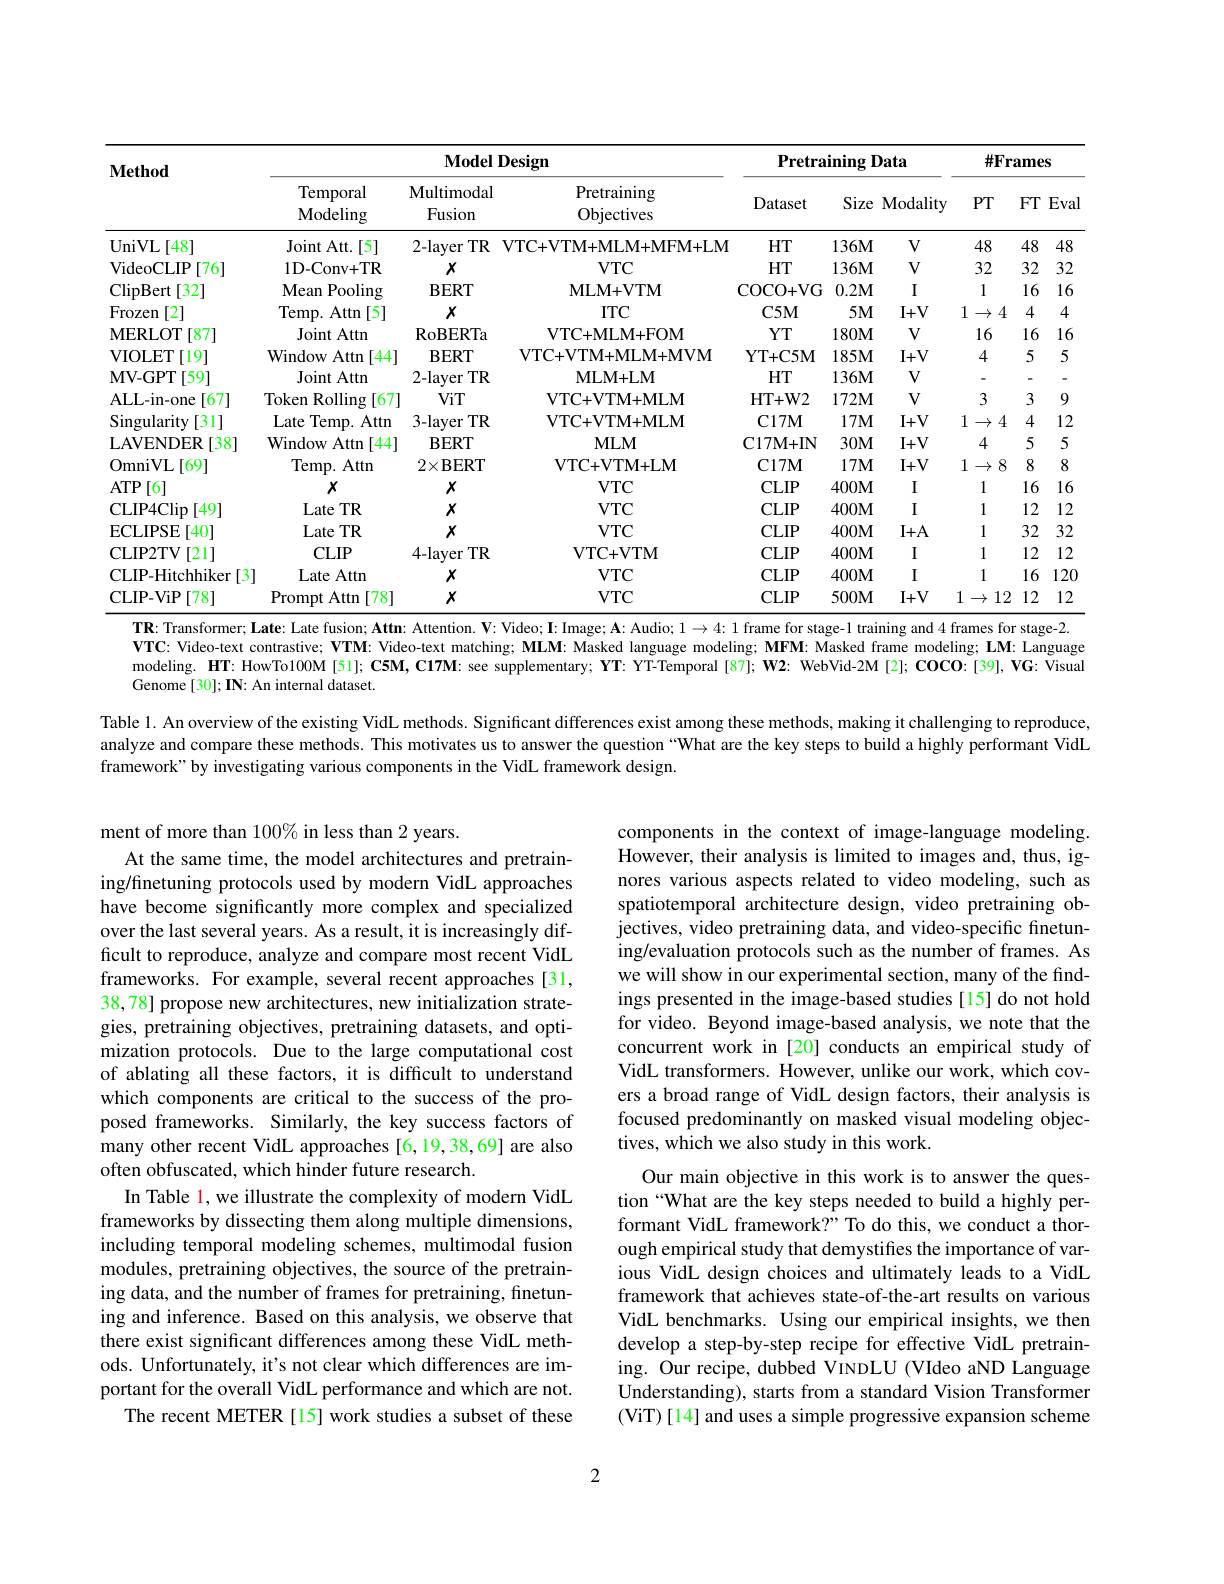
<table>
	<tbody>
		<tr>
			<th rowspan="2">$\mathbf{Method}$</th>
			<th colspan="3">Model Design</th>
			<th colspan="3">${\textbf{Pretraining Data}}$</th>
			<th colspan="3">$\#\mathbf{Frames}$</th>
		</tr>
		<tr>
			<th>Temporal Modeling</th>
			<th>Multimodal Fusion</th>
			<th>Pretraining Objectives</th>
			<th>Dataset</th>
			<th>Size</th>
			<th>Modality</th>
			<th>$PT$</th>
			<th>FT</th>
			<th>Eval</th>
		</tr>
		<tr>
			<td>UniVL [48] 1</td>
			<td>Joint Att.[5]</td>
			<td>2-layer $TR$</td>
			<td>VTC+ VTM+ MLM+ MFM+ LM</td>
			<td>$HT$</td>
			<td>$136M$</td>
			<td>$V$</td>
			<td>48</td>
			<td>48</td>
			<td>48</td>
		</tr>
		<tr>
			<td>VideoCLIP [76]</td>
			<td>1D-Conv+TR</td>
			<td>$X$</td>
			<td>$VTC$</td>
			<td>$HT$</td>
			<td>$136M$</td>
			<td>$V$</td>
			<td>32</td>
			<td>32</td>
			<td>32</td>
		</tr>
		<tr>
			<td>ClipBert [32]</td>
			<td>$\mathbf{Mean}$ $\textbf{Pooling}$</td>
			<td>$\mathbf{BERT}$</td>
			<td>MLM+VTM</td>
			<td>COCO+ VG</td>
			<td>$0.2M$</td>
			<td>I</td>
			<td>1</td>
			<td>16</td>
			<td>16</td>
		</tr>
		<tr>
			<td>Frozen [2]</td>
			<td>Temp. Attn [5]</td>
			<td>$X$</td>
			<td>$ITC$</td>
			<td>$C5M$</td>
			<td>$5M$</td>
			<td>$I+V$</td>
			<td>1 $\rightarrow4$</td>
			<td>4</td>
			<td>4</td>
		</tr>
		<tr>
			<td>$\mathbf{MERLOT}$ [87]</td>
			<td>Joint Attn</td>
			<td>RoBERTa</td>
			<td>VTC+ MLM+ FOM</td>
			<td>$YT$</td>
			<td>$180M$</td>
			<td>$V$</td>
			<td>16</td>
			<td>16</td>
			<td>16</td>
		</tr>
		<tr>
			<td>VIOLET [19]</td>
			<td>Window Attn 44</td>
			<td>$\mathbf{BERT}$</td>
			<td>VTC+ VTM+ MLM+ MVM</td>
			<td>YT+ C5M</td>
			<td>$185M$</td>
			<td>$I+V$</td>
			<td>4</td>
			<td>5</td>
			<td>5</td>
		</tr>
		<tr>
			<td>$\mathbf{MV-GPT}$ [59]</td>
			<td>Joint Attn</td>
			<td>2-layer $TR$</td>
			<td>MLM+ LM</td>
			<td>$HT$</td>
			<td>$136M$</td>
			<td>$V$</td>
			<td>一</td>
			<td>-</td>
			<td>-</td>
		</tr>
		<tr>
			<td>ALL- in- one [67]</td>
			<td>Token 1Rolling [67]</td>
			<td>ViT</td>
			<td>VTC+ VTM+ MLM</td>
			<td>HT+ W2</td>
			<td>$172M$</td>
			<td>$V$</td>
			<td>3</td>
			<td>3</td>
			<td>9</td>
		</tr>
		<tr>
			<td>Singularity [31]</td>
			<td>Late Temp. Attn</td>
			<td>3-layer $TR$</td>
			<td>VTC+ VTM+ MLM</td>
			<td>$\mathbf{C17M}$</td>
			<td>$17M$</td>
			<td>$I+V$</td>
			<td>1 $\to4$</td>
			<td>4</td>
			<td>12</td>
		</tr>
		<tr>
			<td>LAVENDER [38]</td>
			<td>Window Attn 44</td>
			<td>$\mathbf{BERT}$</td>
			<td>$MLM$</td>
			<td>$\mathbf{C17M+IN}$</td>
			<td>$30M$</td>
			<td>$I+V$</td>
			<td>4</td>
			<td>5</td>
			<td>5</td>
		</tr>
		<tr>
			<td>OmniVL [69]</td>
			<td>Temp. Attn</td>
			<td>$2\times$BERT</td>
			<td>VTC+ VTM+ LM</td>
			<td>$\mathbf{C}17\mathbf{M}$</td>
			<td>$17M$</td>
			<td>$I+V$</td>
			<td>1 8 $\rightarrow$ 1 </td>
			<td>8</td>
			<td>8</td>
		</tr>
		<tr>
			<td>$ATP$ [6]</td>
			<td>$X$</td>
			<td>$X$</td>
			<td>$VTC$</td>
			<td>CLIP</td>
			<td>$400M$</td>
			<td>I</td>
			<td>1</td>
			<td>16</td>
			<td>16</td>
		</tr>
		<tr>
			<td>CLIP4Clip [49]</td>
			<td>Late TR</td>
			<td>$X$</td>
			<td>$VTC$</td>
			<td>$CLIP$</td>
			<td>$400M$</td>
			<td>I</td>
			<td>1</td>
			<td>12</td>
			<td>12</td>
		</tr>
		<tr>
			<td>ECLIPSE [40] T</td>
			<td>Late TR</td>
			<td>$X$</td>
			<td>$VTC$</td>
			<td>$CLIP$</td>
			<td>$400M$</td>
			<td>$I+A$</td>
			<td>1</td>
			<td>32</td>
			<td>32</td>
		</tr>
		<tr>
			<td>CLIP2TV [21]</td>
			<td>$CLIP$</td>
			<td>$4-layer$ $TR$</td>
			<td>$\mathbf{VTC+VTM}$</td>
			<td>$CLIP$</td>
			<td>$400M$</td>
			<td>I</td>
			<td>1</td>
			<td>12</td>
			<td>12</td>
		</tr>
		<tr>
			<td>CLIP-Hitchhiker [3]</td>
			<td>Late Attn</td>
			<td>$X$</td>
			<td>$VTC$</td>
			<td>$CLIP$</td>
			<td>$400M$</td>
			<td>I</td>
			<td>1</td>
			<td>16</td>
			<td>120</td>
		</tr>
		<tr>
			<td>CLIP-ViP [78]</td>
			<td>Prompt t Attn [78]</td>
			<td>$X$</td>
			<td>$VTC$</td>
			<td>$CLIP$</td>
			<td>$500M$</td>
			<td>$I+V$</td>
			<td>1 12 $\rightarrow$</td>
			<td>12 2</td>
			<td>12</td>
		</tr>
	</tbody>
</table>

TR: Transformer; Late: Late fusion; Attn: Attention. $\mathbf{V}:$ Video; I: Image; A: Audio; $1\to4:1$ frame for stage-1 training and 4 frames for stage-2.

$\mathbf{VTC}:$ Video-text contrastive; $\mathbf{VTM}:$ Video-text matching; MLM: Masked language modeling; MFM: Masked frame modeling; LM: Language modeling. HT: HowTo100M [51]; C5M, C17M: see supplementary; YT: YT-Temporal [87]; W2: WebVid-2M [2]; COCO:[39], VG: Visual Genome [30]; IN: An internal dataset.
Table 1. An overview of the existing VidL methods. Significant differences exist among these methods, making it challenging to reproduce, analyze and compare these methods. This motivates us to answer the question “What are the key steps to build a highly performant VidL framework" by investigating various components in the VidL framework design.

components in the context of image-language modeling. However, their analysis is limited to images and, thus, ignores various aspects related to video modeling, such as spatiotemporal architecture design, video pretraining objectives, video pretraining data, and video-specific finetuning/evaluation protocols such as the number of frames. As we will show in our experimental section, many of the findings presented in the image-based studies [15] do not hold for video. Beyond image-based analysis, we note that the concurrent work in [20] conducts an empirical study of VidL transformers. However, unlike our work, which covers a broad range of VidL design factors, their analysis is focused predominantly on masked visual modeling objectives, which we also study in this work.

ment of more than 100% in less than 2 years.
At the same time, the model architectures and pretraining/finetuning protocols used by modern VidL approaches have become significantly more complex and specialized over the last several years. As a result, it is increasingly difficult to reproduce, analyze and compare most recent VidL frameworks. For example, several recent approaches [31, 38,78] propose new architectures, new initialization strategies, pretraining objectives, pretraining datasets, and optimization protocols. Due to the large computational cost of ablating all these factors, it is difficult to understand which components are critical to the success of the proposed frameworks. Similarly, the key success factors of many other recent VidL approaches [6,19,38,69] are also often obfuscated, which hinder future research.
In Table l, we illustrate the complexity of modern VidL frameworks by dissecting them along multiple dimensions, including temporal modeling schemes, multimodal fusion modules, pretraining objectives, the source of the pretraining data, and the number of frames for pretraining, finetuning and inference. Based on this analysis, we observe that there exist significant differences among these VidL methods. Unfortunately, it's not clear which differences are important for the overall VidL performance and which are not.
The recent METER [15] work studies a subset of these

Our main objective in this work is to answer the question“What are the key steps needed to build a highly performant VidL framework?" To do this, we conduct a thorough empirical study that demystifies the importance of various VidL design choices and ultimately leads to a VidL framework that achieves state-of-the-art results on various VidL benchmarks. Using our empirical insights, we then develop a step-by-step recipe for effective VidL pretraining. Our recipe, dubbed VINDLU (VIdeo aND Language Understanding), starts from a standard Vision Transformer (ViT)[14] and uses a simple progressive expansion scheme

2